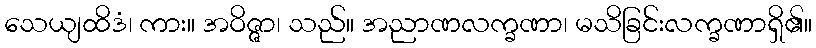
သေယျထိဒံ၊ ကား။ အဝိဇ္ဇာ၊ သည်။ အညာဏလက္ခဏာ၊ မသိခြင်းလက္ခဏာရှိ၏။